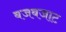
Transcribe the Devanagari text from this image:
बजबजाट